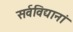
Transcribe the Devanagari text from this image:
सर्वविद्यानां